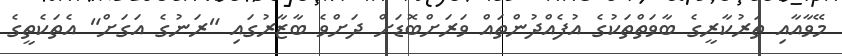
މޭވާއާއި ތަރުކާރީގެ ބާވަތްތަކުގެ އުފެއްދުންތައް ވަރަށްބޮޑަށް ދަށްވެ ބާޒާރުގައި "ރަނުގެ އަގަށް" އެތަކެތީގެ